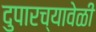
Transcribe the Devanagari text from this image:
दुपारच्यावेळी